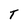
Character: T